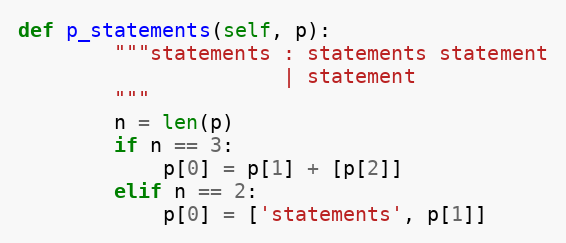
Language: Python
def p_statements(self, p):
        """statements : statements statement
                      | statement
        """
        n = len(p)
        if n == 3:
            p[0] = p[1] + [p[2]]
        elif n == 2:
            p[0] = ['statements', p[1]]